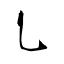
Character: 乚